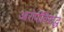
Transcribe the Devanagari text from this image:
आरोपींविरुद्ध